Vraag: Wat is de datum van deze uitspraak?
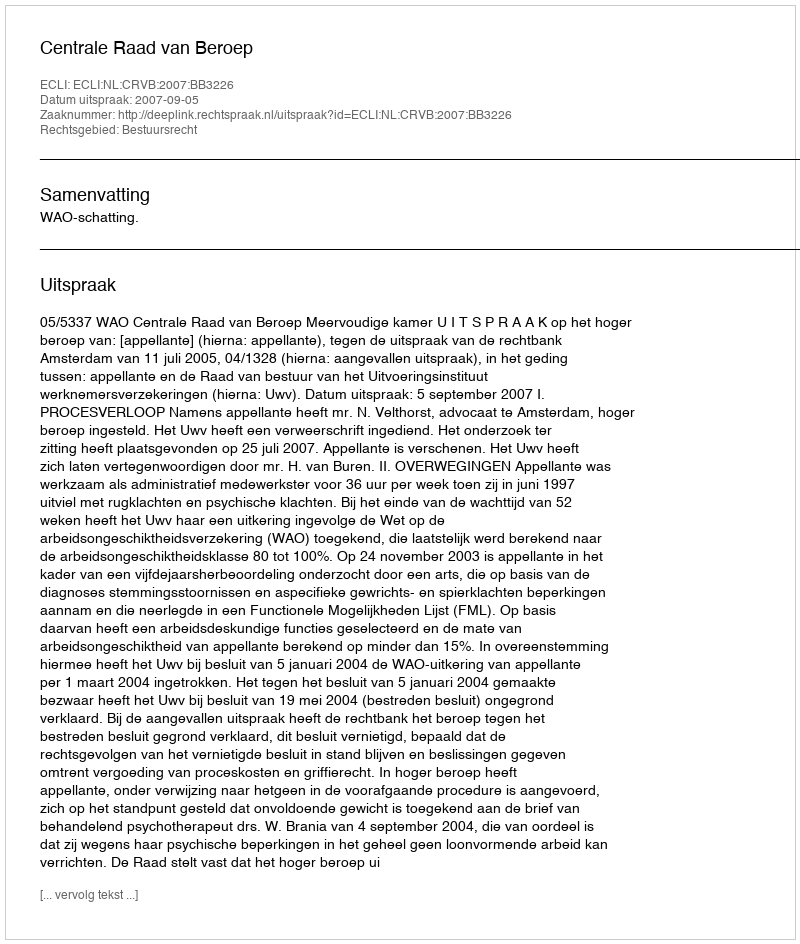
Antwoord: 2007-09-05